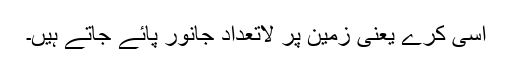
اسی کرے یعنی زمین پر لاتعداد جانور پائے جاتے ہیں۔